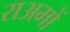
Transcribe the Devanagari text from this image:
राअमों